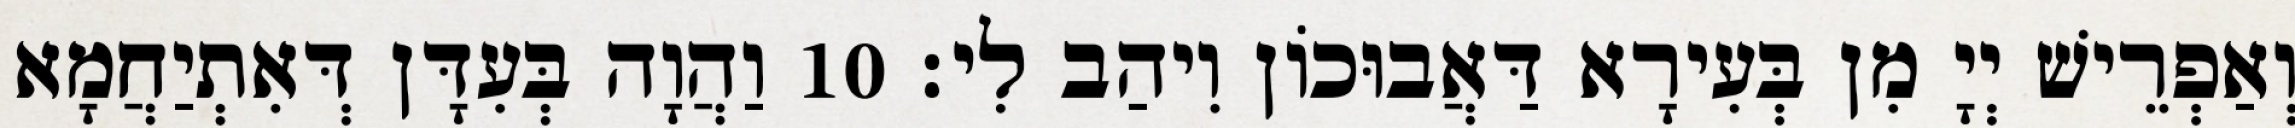
וְאַפְרֵישׁ יְיָ מִן בְּעִירָא דַּאֲבוּכוֹן וִיהַב לִי׃ 10 וַהֲוָה בְּעִדָּן דְּאִתְיַחֲמָא